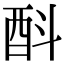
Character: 酙